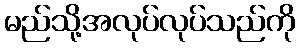
မည်သို့အလုပ်လုပ်သည်ကို